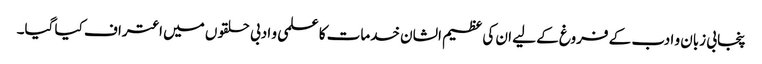
پنجابی زبان و ادب کے فروغ کے لیے ان کی عظیم الشان خدمات کا علمی و ادبی حلقوں میں اعتراف کیا گیا۔